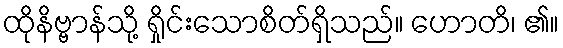
ထိုနိဗ္ဗာန်သို့ ရှိုင်းသောစိတ်ရှိသည်။ ဟောတိ၊ ၏။